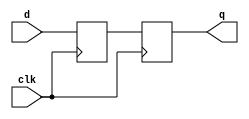
module sm_metafilter
#(
    parameter SIZE = 1
)
(
    input                      clk,
    input      [ SIZE - 1 : 0] d,
    output reg [ SIZE - 1 : 0] q
);
    reg        [ SIZE - 1 : 0] data;
    always @ (posedge clk) begin
        data <= d;
        q    <= data;
    end
endmodule